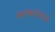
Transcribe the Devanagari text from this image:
अलंकारासारखे